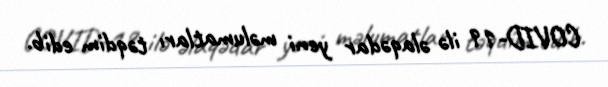
COVID-19 ilə əlaqədar yeni məlumatları təqdim edib.